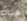
هناك